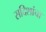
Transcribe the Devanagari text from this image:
सदिशांचा